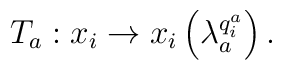
T_{a}:x_{i}\rightarrow x_{i}\left( \lambda_{a}^{q_{i}^{a}}\right).